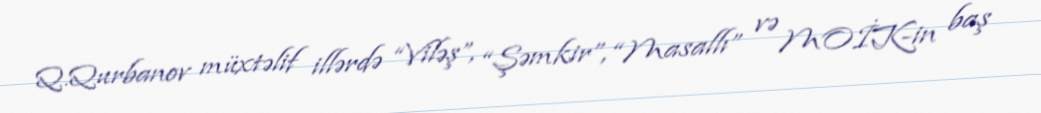
Q.Qurbanov müxtəlif illərdə “Viləş”, “Şəmkir”, “Masallı” və MOİK-in baş